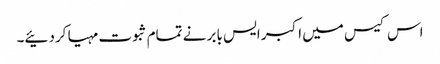
اس کیس میں اکبر ایس بابر نے تمام ثبوت مہیا کردئیے۔